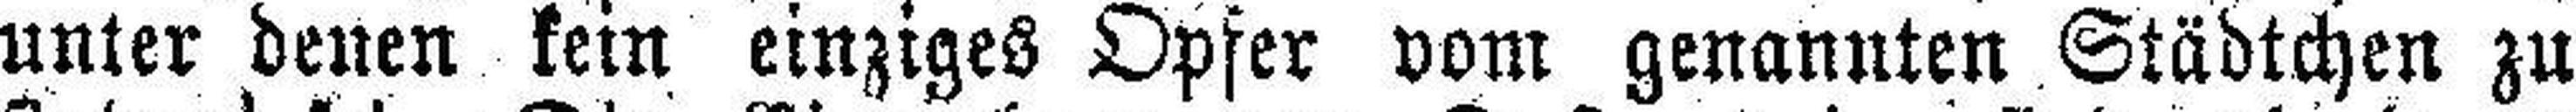
unter denen kein einziges Opfer vom genannten Städtchen zu